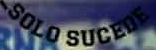
SOLO SUCEDE